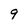
Character: 9